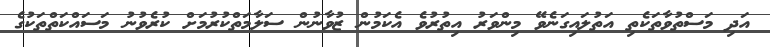
އަދި މަސްތުވާތަކެތި އަތުލައިގަނެވޭ މިންވަރު އިތުރުވެ އެކަމުން ޒުވާނުން ސަލާމަތްކުރުމަށް ކުރެވުނު މަސައްކަތްތަކުގެ